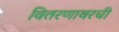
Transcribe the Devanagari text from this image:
वितरणावरची